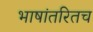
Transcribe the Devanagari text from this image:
भाषांतरितच